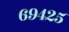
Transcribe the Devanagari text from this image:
६९४२५